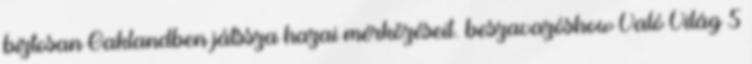
biztosan Oaklandben játssza hazai mérkőzéseit. beszavazóshow Való Világ 5